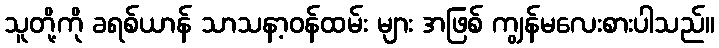
သူတို့ကို ခရစ်ယာန် သာသနာ့ဝန်ထမ်း များ အဖြစ် ကျွန်မလေးစားပါသည်။